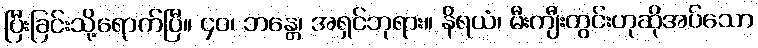
ပြီးခြင်းသို့ရောက်ပြီ။ ၄၀၊ ဘန္တေ၊ အရှင်ဘုရား။ နိရယံ၊ မီးကျီးတွင်းဟုဆိုအပ်သော